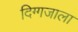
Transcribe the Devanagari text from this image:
दिग्गजाला